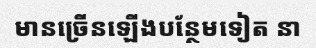
មានច្រើនឡើងបន្ថែមទៀត នា